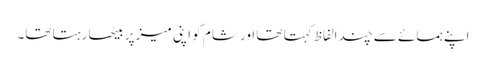
اپنے ہمسائے سے چند الفاظ کہتا تھا اور شام کو اپنی میز پر بیٹھا رہتا تھا۔